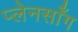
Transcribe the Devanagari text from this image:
प्लेनसाँग